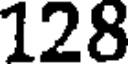
128